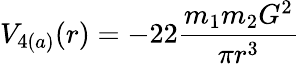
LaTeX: V_{4(a)}(r)=-22\frac{m_{1}m_{2}G^{2}}{\pi r^{3}}